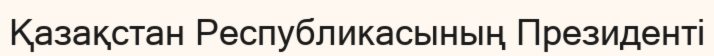
Қазақстан Республикасының Президенті